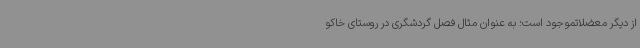
از دیگر معضلاتموجود است؛ به عنوان مثال فصل گردشگری در روستای خاکو